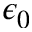
\epsilon _ { 0 }